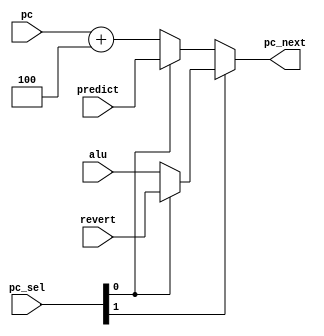
module pc_sel (
    input [1:0] pc_sel,
    input [31:0] alu,
    input [31:0] predict,
    input [31:0] revert,
    input [31:0] pc,
    output [31:0] pc_next  
);

    assign pc_next = pc_sel[1] ? (pc_sel[0] ? revert : alu) : (pc_sel[0] ? predict : pc + 32'd4);

endmodule